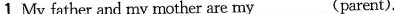
3.-Who's that girl?